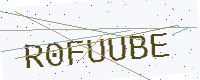
Text: R0FUUBE